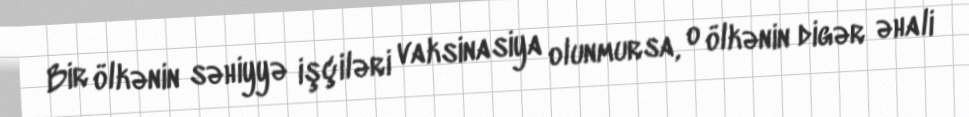
Bir ölkənin səhiyyə işçiləri vaksinasiya olunmursa, o ölkənin digər əhali